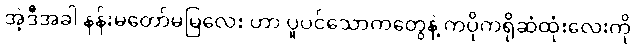
အဲ့ဒီအခါ နန်းမတော်မမြလေး ဟာ ပူပင်သောကတွေနဲ့ ကပိုကရိုဆံထုံးလေးကို